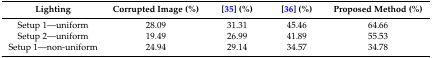
<table><thead><tr><td><b>Lighting</b></td><td><b>Corrupted Image (%)</b></td><td><b>[35] (%)</b></td><td><b>[36] (%)</b></td><td><b>Proposed Method (%)</b></td></tr></thead><tbody><tr><td>Setup 1—uniform</td><td>28.09</td><td>31.31</td><td>45.46</td><td>64.66</td></tr><tr><td>Setup 2—uniform</td><td>19.49</td><td>26.99</td><td>41.89</td><td>55.53</td></tr><tr><td>Setup 1—non-uniform</td><td>24.94</td><td>29.14</td><td>34.57</td><td>34.78</td></tr></tbody></table>